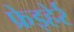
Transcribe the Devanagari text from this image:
फ्रेइहेर्र